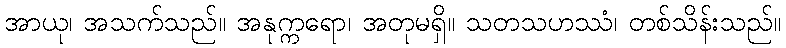
အာယု၊ အသက်သည်။ အနုက္ကရော၊ အတုမရှိ။ သတသဟဿံ၊ တစ်သိန်းသည်။